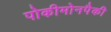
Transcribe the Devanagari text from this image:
पोकीमोनपैकी